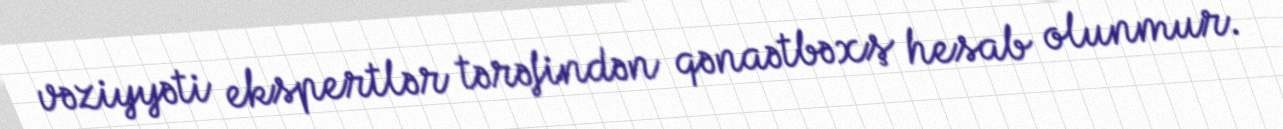
vəziyyəti ekspertlər tərəfindən qənaətbəxş hesab olunmur.